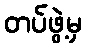
တပ်ဖွဲ့မှ